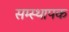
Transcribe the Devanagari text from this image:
सम्स्थापक